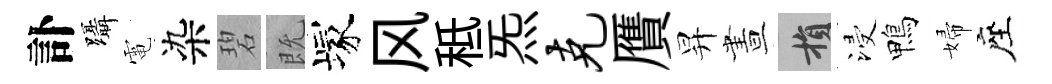
訃躡電染碧既塚风秪炁克贋昇晝損浸鴨婦座